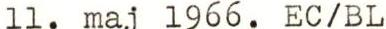
11. maj 1966. EC/BL